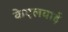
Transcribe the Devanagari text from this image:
केएलवाई